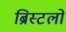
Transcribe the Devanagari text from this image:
ब्रिस्टलों